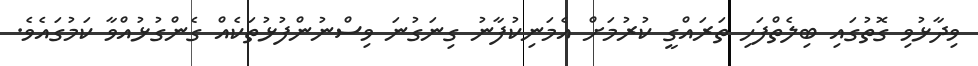
ވިދާޅުވި ގޮތުގައި ބިލެތްފަހި ތަރައްގީ ކުރުމަށް އެމަނިކުފާނު ގިނަގުނަ ވިސްނުންފުޅުތަކެއް ގެންގުޅުއްވާ ކަމުގައެވެ.